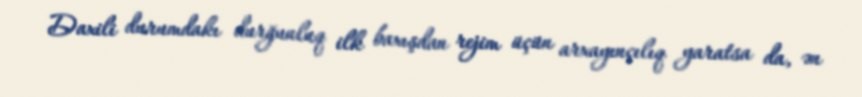
Daxili durumdakı durğunluq ilk baxışdan rejim üçün arxayınçılıq yaratsa da, ən